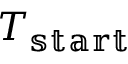
T _ { \mathbb { s t a r t } }